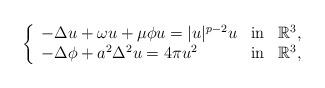
LaTeX: \begin{align*}\left\{\begin{array}[c]{lll}-\Delta u+\omega u+\mu \phi u=|u|^{p-2}u & \mathrm{in} & \mathbb{R}^3,\\-\Delta\phi+a^2\Delta ^2u=4\pi u^2 & \mathrm{in} & \mathbb{R}^3,\end{array}\right. \end{align*}